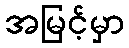
အမြင့်မှာ